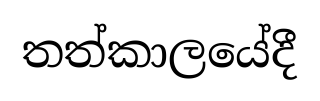
තත්කාලයේදී